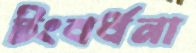
টংবর্ধনা